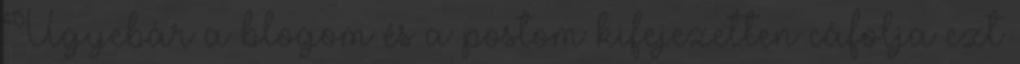
Ugyebár a blogom és a postom kifejezetten cáfolja ezt